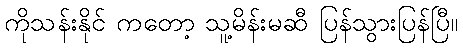
ကိုသန်းနိုင် ကတော့ သူ့မိန်းမဆီ ပြန်သွားပြန်ပြီ။